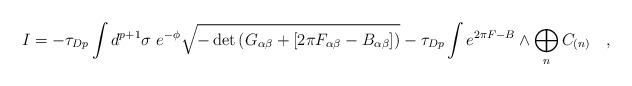
LaTeX: \begin{align*}I = - \tau_{Dp} \int d^{p+1}\sigma \ e^{-\phi}\sqrt{-\det\left(G_{\alpha\beta} + \left[2\pi F_{\alpha\beta}-B_{\alpha\beta}\right]\right)} - \tau_{Dp} \int e^{2\pi F-B} \wedge \bigoplus_n C_{(n)} \quad ,\end{align*}